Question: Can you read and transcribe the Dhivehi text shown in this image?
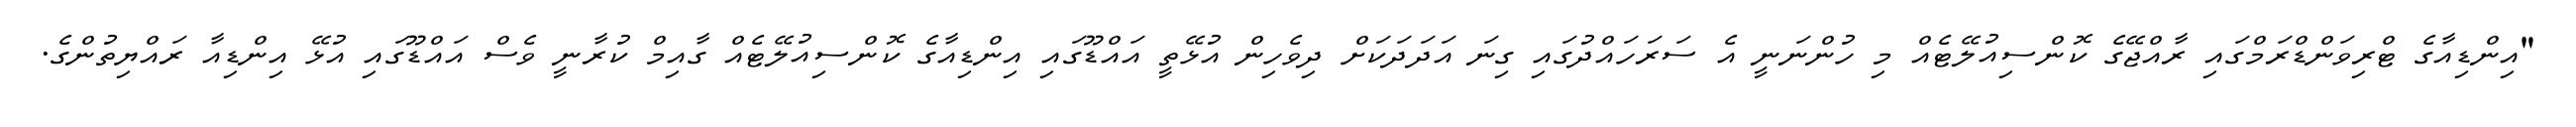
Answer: "އިންޑިއާގެ ޓްރިވަންޑްރަމްގައި ރާއްޖޭގެ ކޮންސިއުލޭޓެއް މި ހުންނަނީ އެ ސަރަހައްދުގައި ގިނަ އަދަދަކަށް ދިވެހިން އުޅޭތީ އައްޑޫގައި އިންޑިއާގެ ކޮންސިއުލޭޓެއް ގާއިމް ކުރާނީ ވެސް އައްޑޫގައި އުޅޭ އިންޑިއާ ރައްޔިތުންގެ.